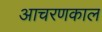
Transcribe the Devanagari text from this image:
आचरणकाल